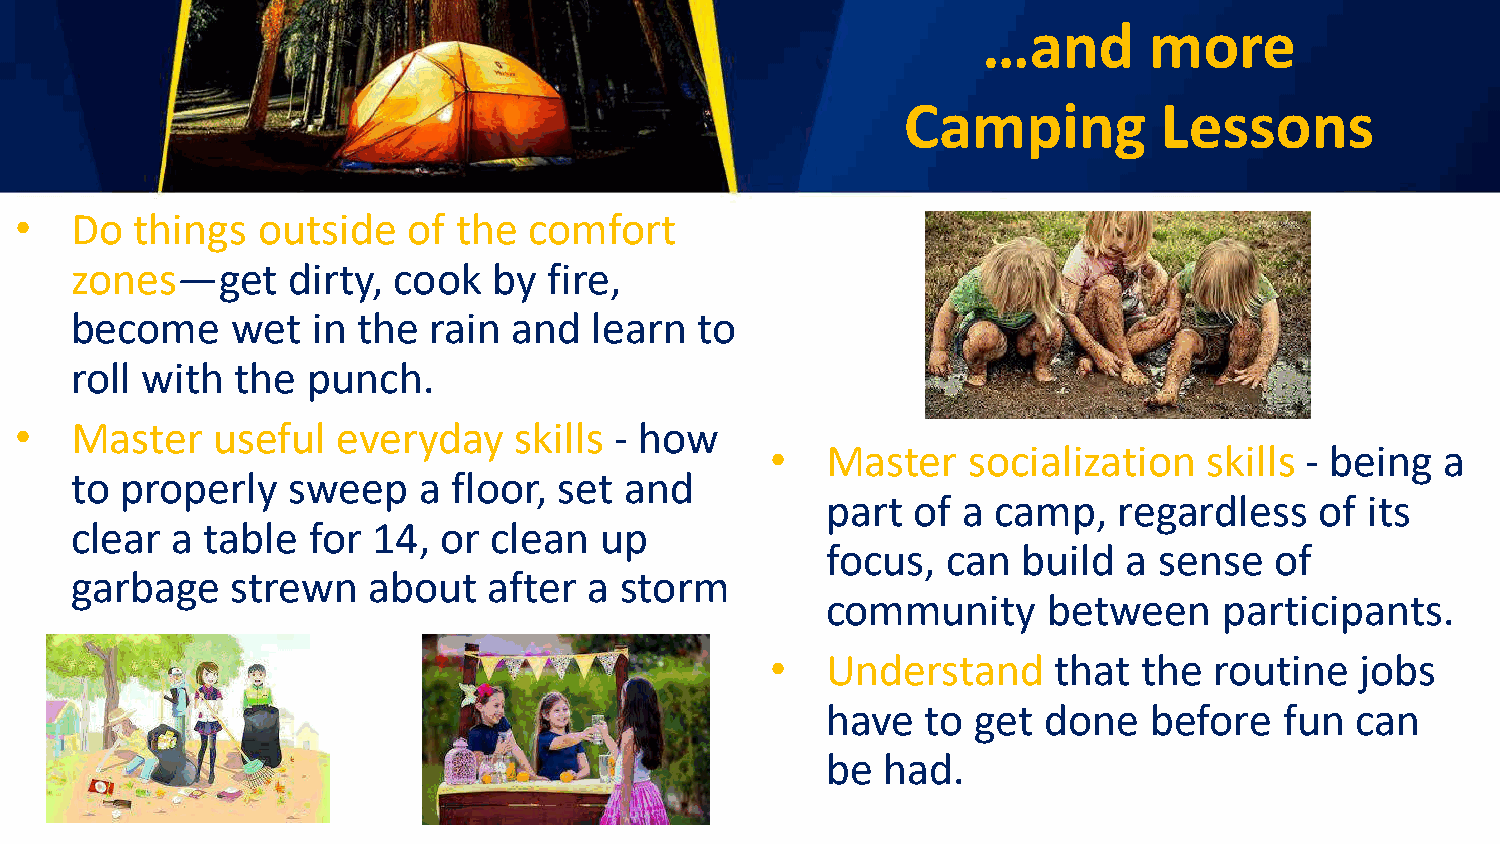
…and       more
 Camping          Lessons
 •   Do  things  outside   of the  comfort
 zones—get     dirty, cook   by fire,
 become    wet   in the rain  and  learn  to
 roll with  the punch.
 •   Master   useful  everyday    skills - how
 •   Master   socialization   skills - being  a
 to properly   sweep    a floor, set and
 part of  a camp,   regardless   of  its
 clear a  table for  14, or  clean  up
 focus,  can  build  a sense  of
 garbage   strewn   about   after  a storm
 community     between     participants.
 •   Understand     that  the routine   jobs
 have  to  get done   before   fun  can
 be had.